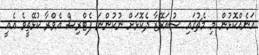
އަނެއްކޮޅުން މި މެޗުގައި ސުއަރޭޒާ ދެކޮޅަށް ނުކުންނަ ޕެޓްރިސް އެވްރާ ކުޅޭތީވެ އެއީ